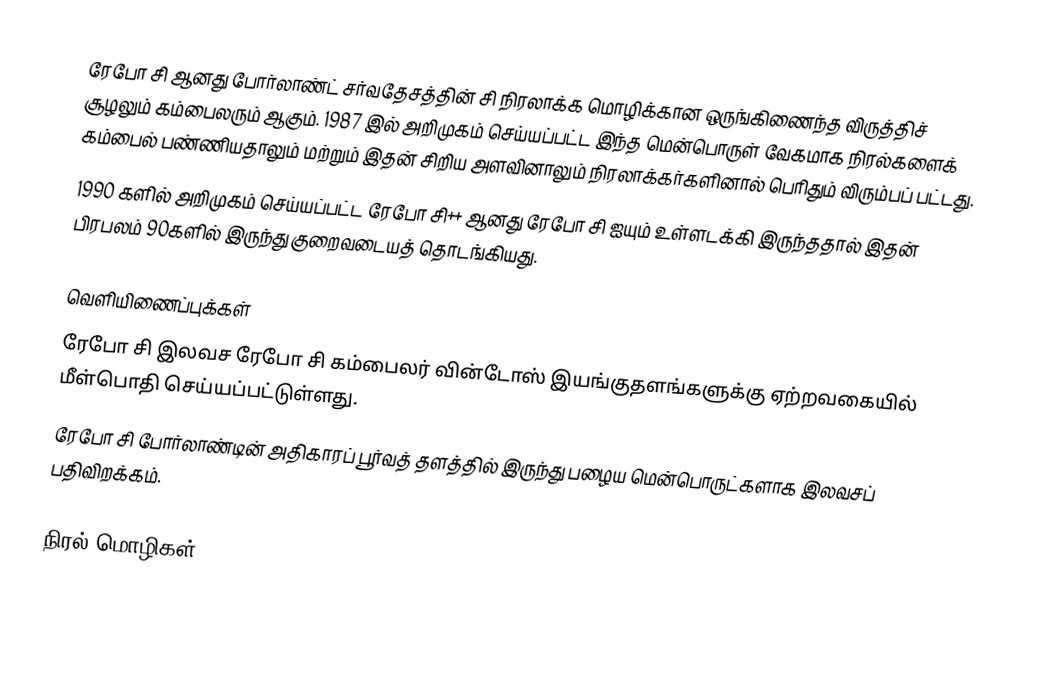
ரேபோ சி ஆனது போர்லாண்ட் சர்வதேசத்தின் சி நிரலாக்க மொழிக்கான ஒருங்கிணைந்த விருத்திச் சூழலும் கம்பைலரும் ஆகும். 1987 இல் அறிமுகம் செய்யப்பட்ட இந்த மென்பொருள் வேகமாக நிரல்களைக் கம்பைல் பண்ணியதாலும் மற்றும் இதன் சிறிய அளவினாலும் நிரலாக்கர்களினால் பெரிதும் விரும்பப் பட்டது.
1990 களில் அறிமுகம் செய்யப்பட்ட ரேபோ சி++ ஆனது ரேபோ சி ஐயும் உள்ளடக்கி இருந்ததால் இதன் பிரபலம் 90களில் இருந்து குறைவடையத் தொடங்கியது.

வெளியிணைப்புக்கள்
ரேபோ சி இலவச ரேபோ சி கம்பைலர் வின்டோஸ் இயங்குதளங்களுக்கு ஏற்றவகையில் மீள்பொதி செய்யப்பட்டுள்ளது.
ரேபோ சி  போர்லாண்டின் அதிகாரப் பூர்வத் தளத்தில் இருந்து பழைய மென்பொருட்களாக இலவசப் பதிவிறக்கம்.

நிரல் மொழிகள்